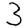
Digit: 3